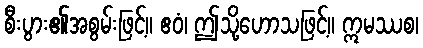
စီးပွား၏အစွမ်းဖြင့်။ ဧဝံ၊ ဤသို့ဟောသဖြင့်။ ဣမဿစ၊